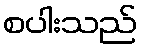
စပါးသည်